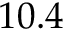
1 0 . 4